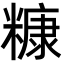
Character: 糠